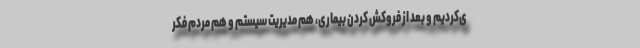
ی‌کردیم و بعد از فروکش کردن بیماری، هم مدیریت سیستم و هم مردم فکر